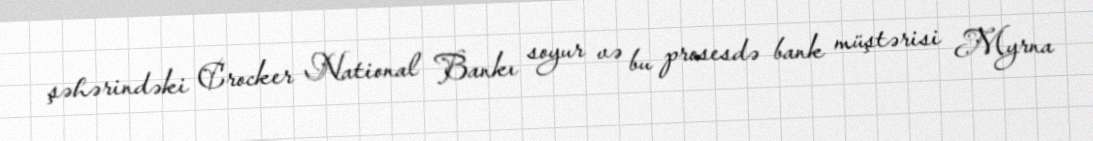
şəhərindəki Crocker National Bankı soyur və bu prosesdə bank müştərisi Myrna